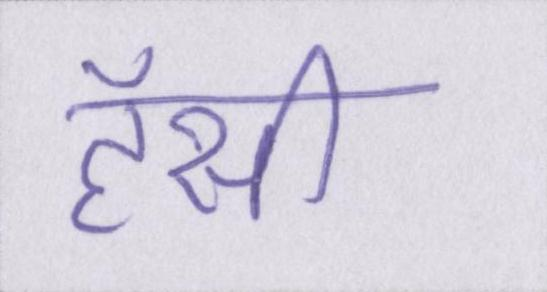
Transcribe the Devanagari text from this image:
हॅसी